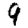
Digit: 9